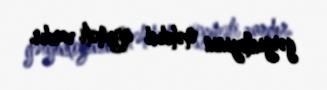
gərginliyinin məhdud qiyməti vardır.